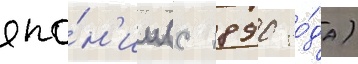
япо́н'ии (с 1890 го́да)